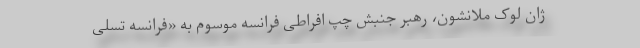
ژان لوک ملانشون، رهبر جنبش چپ افراطی فرانسه موسوم به «فرانسه تسلی